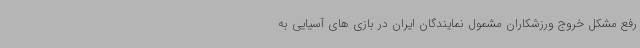
رفع مشکل خروج ورزشکاران مشمول نمایندگان ایران در بازی های آسیایی به